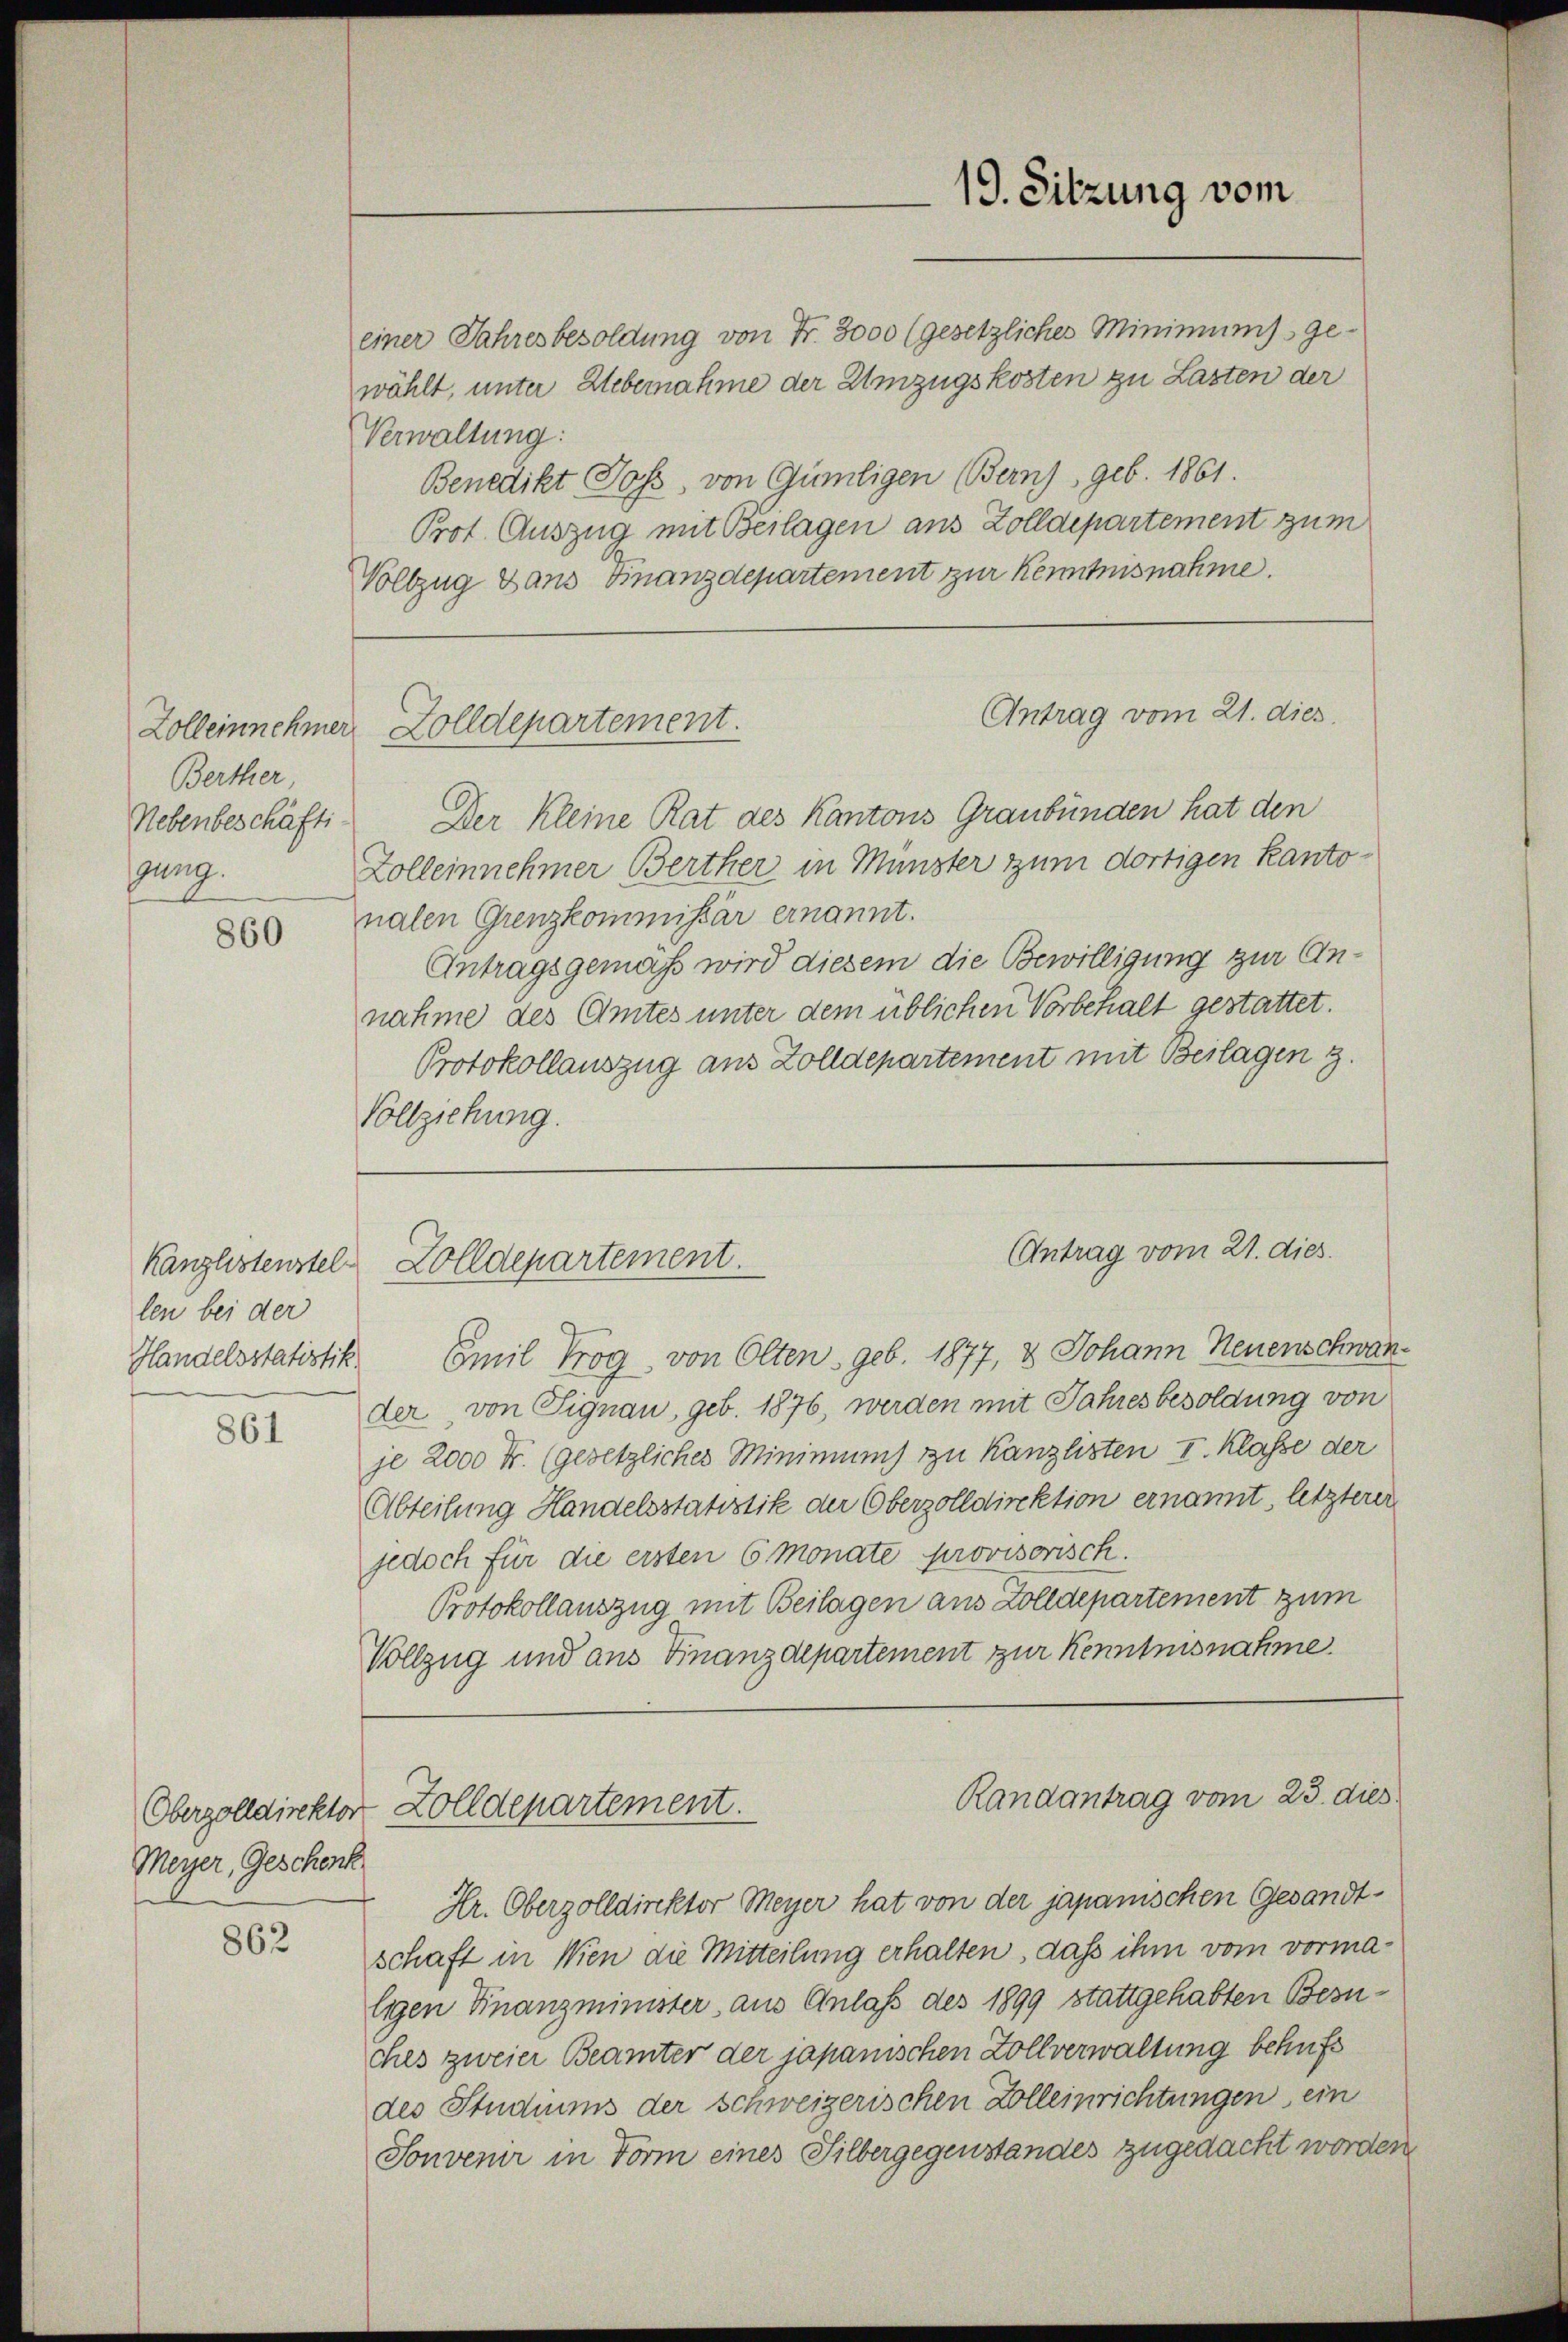
Berther
Nebenbeschäftigung.

860

len bei der

861

Meyer, Geschenk

862

einer Jahresbesoldung von Fr. 3000 (gesetzliches Minimums ge-
wählt, unter Uebernahme der Umzugskosten zu Lasten der
Verwaltung:
Benedikt Joss, von Gümligen (Bern), geb. 1861.
Prot. Auszug mit Beilagen aus Zolldepartement zum
Vollzug dans Finanzdepartement zur Kenntnisnahme.
Der kleine Rat des Kantons Graubünden hat den
Zolleinnehmer Berther in Münster zum dortigen Kantonalen Grenzkommissär ernannt.
Antragsgemäß wird diesem die Bewilligung zur Annahme des Amtes unter dem üblichen Vorbehalt gestattet.
Protokollauszug aus Zolldepartement mit Beilagen 3.
Vollziehung.
Handelsstatistik Emil Trog von Olten geb. 1877, 3 Johann Neuenschwander, von Signau, geb. 1876, werden mit Jahresbesoldung von
je 2000 Fr. (gesetzliches Minimums zu kanzlisten I. Klasse der
Abteilung Handelsstatistik der Oberzolldirektion ernannt, letzterer
jedoch für die ersten 6 Monate provisorisch.
Protokollauszug mit Beilagen aus Zolldepartement zum
Vollzug und aus Finanzdepartement zur Kenntnisnahme.
Randantrag vom 23. dies
Oberzolldirektor Zolldepartement.
Hr. Oberzolldirektor Meyer hat von der japanischen Gesandtschaft in Wien die Mitteilung erhalten, daß ihm vom vormaligen Finanzminister aus Anlaß des 1899 stattgehabten Besuches zweier Beamter der japanischen Zollverwaltung behufs
des Studiums der schweizerischen Zolleinrichtungen ein
Sonvenir in Form eines Silbergegenstandes zugedacht worden

Zolleinnehmer Zolldepartement.

Känglistenstel Zolldepartement.

19. Sitzung vom

Antrag vom 21. dies

Antrag vom 21. dies.